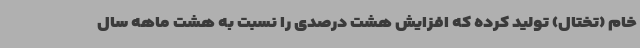
خام (تختال) تولید کرده که افزایش هشت درصدی را نسبت به هشت ماهه سال